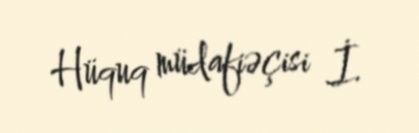
Hüquq müdafiəçisi İ.